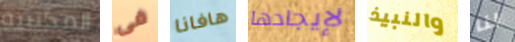
المكتبية فى هافانا لإيجادها والنبيذ لنا